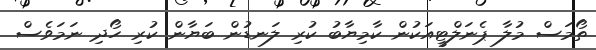
ތޯމަސް މުލާ ޕެނަލްޓީއަކުން ކާމިޔާބު ކުރި ލަނޑުން ބަޔާން ކުރި ހޯދި ނަމަވެސް